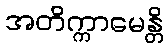
အတိက္ကာမေန္တိ